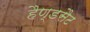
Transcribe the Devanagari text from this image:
हैण्डसैट